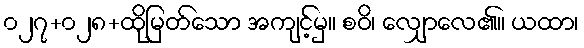
၀၂၇+၀၂၈+ထိုမြတ်သော အကျင့်မှ။ စဝိ၊ လျှောလေ၏။ ယထာ၊